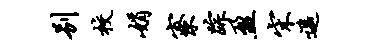
别校娟寮踪盈宋遥